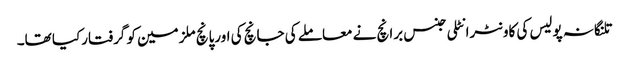
تلنگانہ پولیس کی کاونٹرانٹلی جنس برانچ نے معاملے کی جانچ کی اورپانچ ملزمین کو گرفتارکیا تھا۔